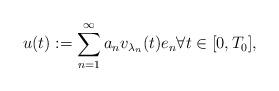
LaTeX: \begin{align*}u(t):=\sum_{n=1}^{\infty}a_{n}v_{\lambda_{n}}(t)e_{n}\forall t\in[0,T_{0}],\end{align*}